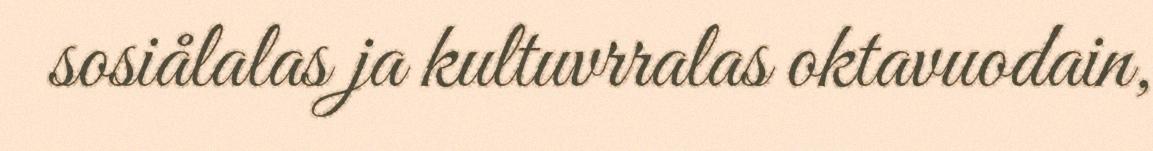
sosiålalas ja kultuvrralas oktavuodain,